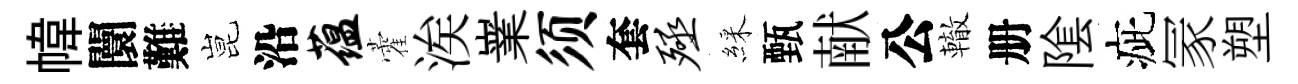
幃闤難昆沿蕴藿涘嶪须套殛綵甄献公轍册隂疵冡塑